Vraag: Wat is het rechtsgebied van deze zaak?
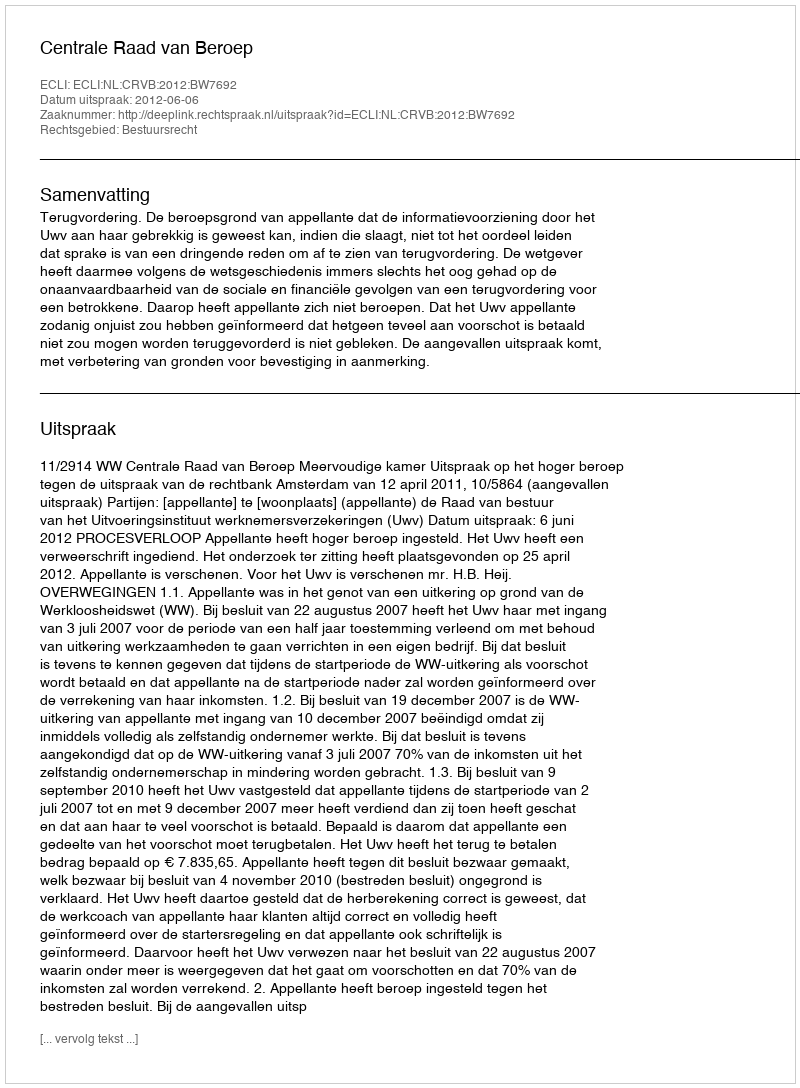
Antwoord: Bestuursrecht